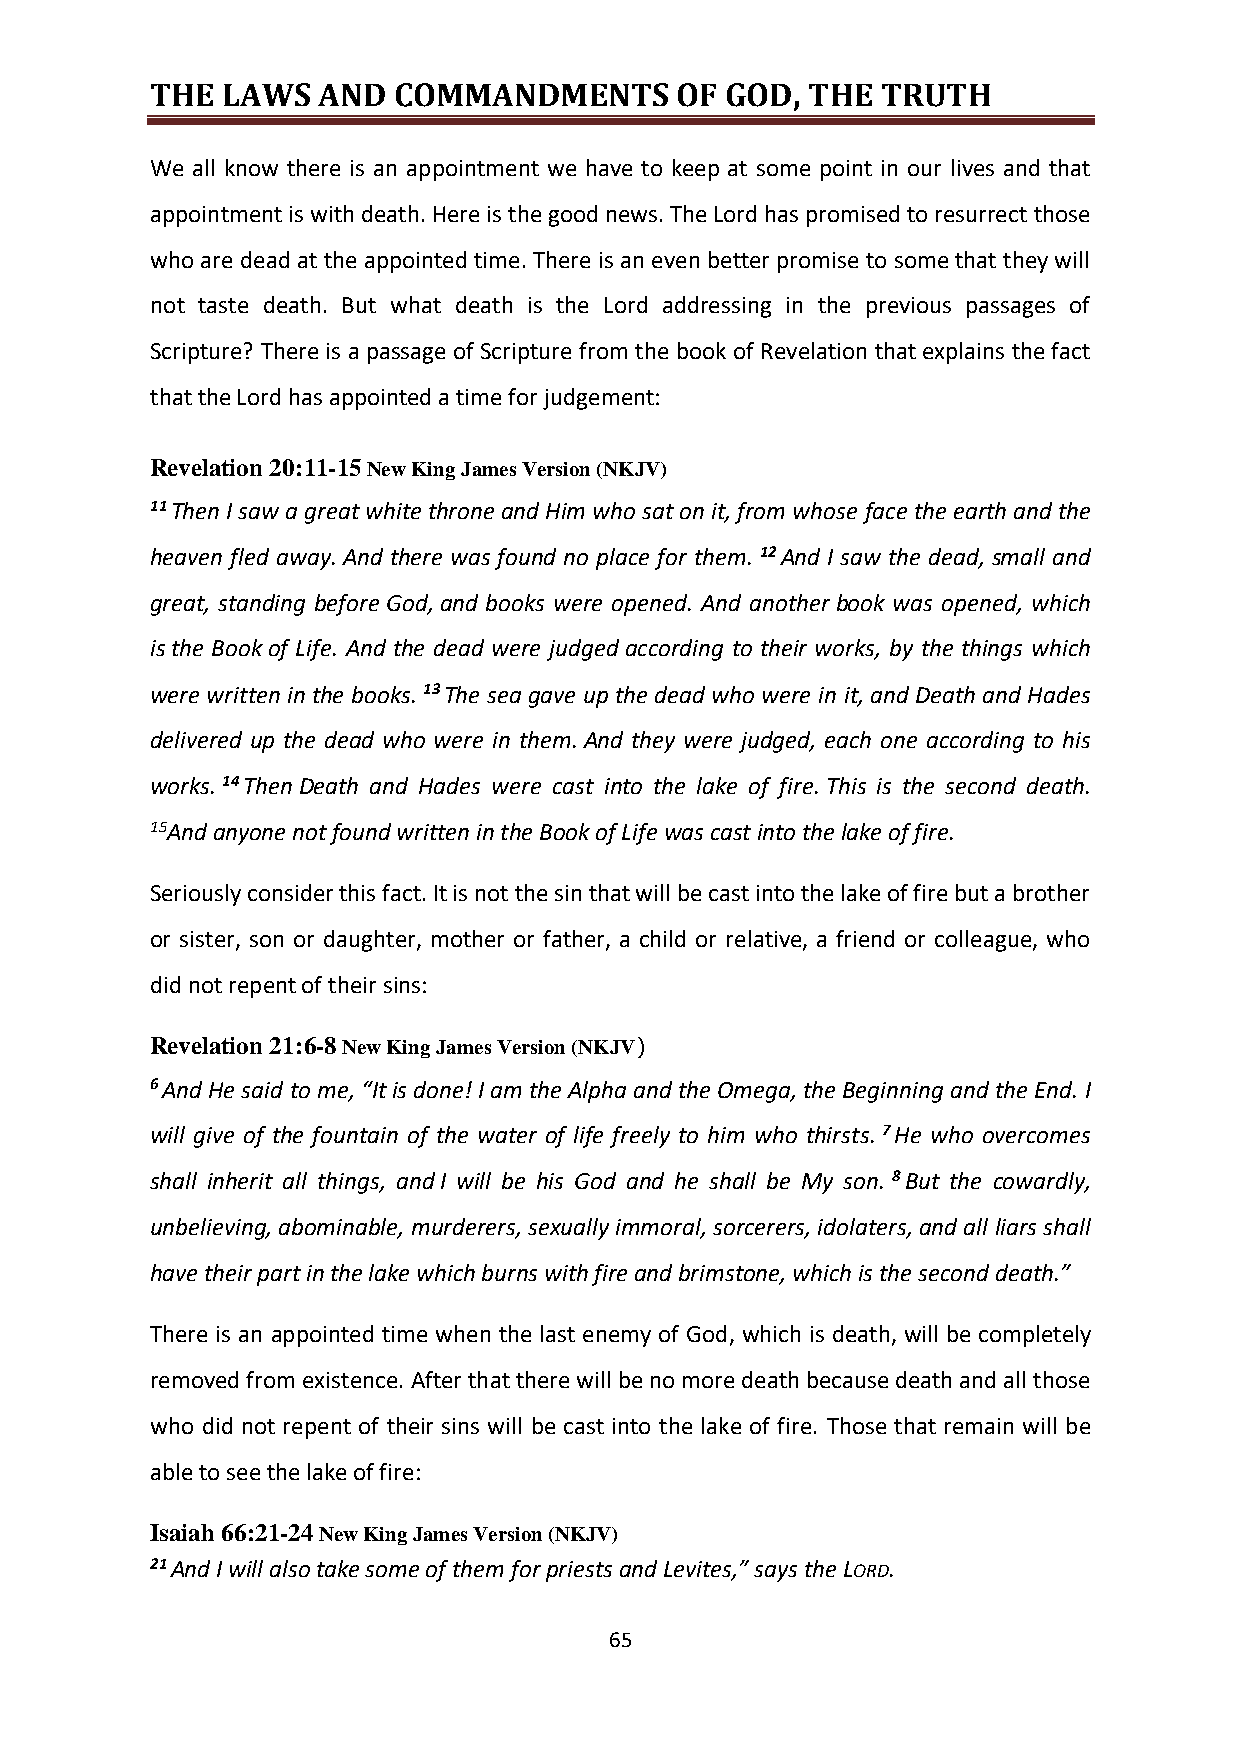
THE  LAWS  AND  COMMANDMENTS       OF GOD, THE  TRUTH
 We all know there is an appointment we have to keep at some point in our lives and that
 appointment is with death. Here is the good news. The Lord has promised to resurrect those
 who are dead at the appointed time. There is an even better promise to some that they will
 not taste death. But what death is the Lord addressing in the previous passages of
 Scripture? There is a passage of Scripture from the book of Revelation that explains the fact
 that the Lord has appointed a time for judgement:
 Revelation 20:11-15 New King James Version (NKJV)
 11 Then I saw a great white throne and Him who sat on it, from whose face the earth and the
 heaven fled away. And there was found no place for them. 12 And I saw the dead, small and
 great, standing before God, and books were opened. And another book was opened, which
 is the Book of Life. And the dead were judged according to their works, by the things which
 were written in the books. 13 The sea gave up the dead who were in it, and Death and Hades
 delivered up the dead who were in them. And they were judged, each one according to his
 works. 14 Then Death and Hades were cast into the lake of fire. This is the second death.
 15And anyone not found written in the Book of Life was cast into the lake of fire.
 Seriously consider this fact. It is not the sin that will be cast into the lake of fire but a brother
 or sister, son or daughter, mother or father, a child or relative, a friend or colleague, who
 did not repent of their sins:
 Revelation 21:6-8 New King James Version (NKJV)
 6 And He said to me, “It is done! I am the Alpha and the Omega, the Beginning and the End. I
 will give of the fountain of the water of life freely to him who thirsts. 7 He who overcomes
 shall inherit all things, and I will be his God and he shall be My son. 8 But the cowardly,
 unbelieving, abominable, murderers, sexually immoral, sorcerers, idolaters, and all liars shall
 have their part in the lake which burns with fire and brimstone, which is the second death.”
 There is an appointed time when the last enemy of God, which is death, will be completely
 removed from existence. After that there will be no more death because death and all those
 who did not repent of their sins will be cast into the lake of fire. Those that remain will be
 able to see the lake of fire:
 Isaiah 66:21-24 New King James Version (NKJV)
 21 And I will also take some of them for priests and Levites,” says the LORD.
 65